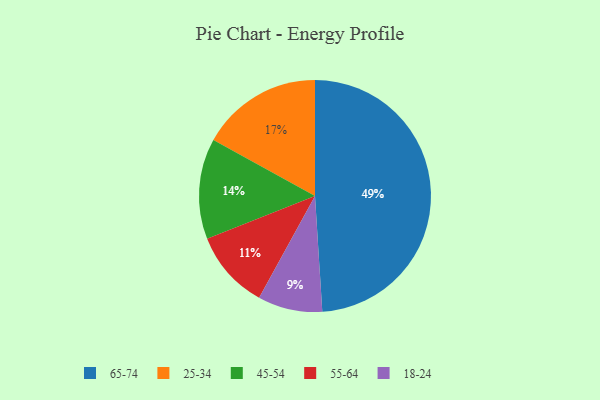
{"axis": {"x": "Category", "y": "Percentage"}, "legend": ["18-24", "25-34", "45-54", "55-64", "65-74"], "data": [{"x": "45-54", "y": 14, "type": "45-54"}, {"x": "55-64", "y": 11, "type": "55-64"}, {"x": "18-24", "y": 9, "type": "18-24"}, {"x": "65-74", "y": 49, "type": "65-74"}, {"x": "25-34", "y": 17, "type": "25-34"}]}